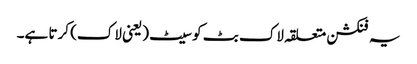
یہ فنکشن متعلقہ لاک بٹ کو سیٹ (یعنی لاک) کرتا ہے۔